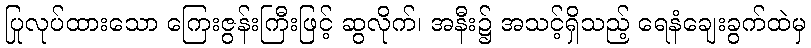
ပြုလုပ်ထားသော ကြေးဇွန်းကြီးဖြင့် ဆွလိုက်၊ အနီး၌ အသင့်ရှိသည့် ရေနံချေးခွက်ထဲမှ